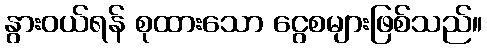
နွားဝယ်ရန် စုထားသော ငွေစများဖြစ်သည်။